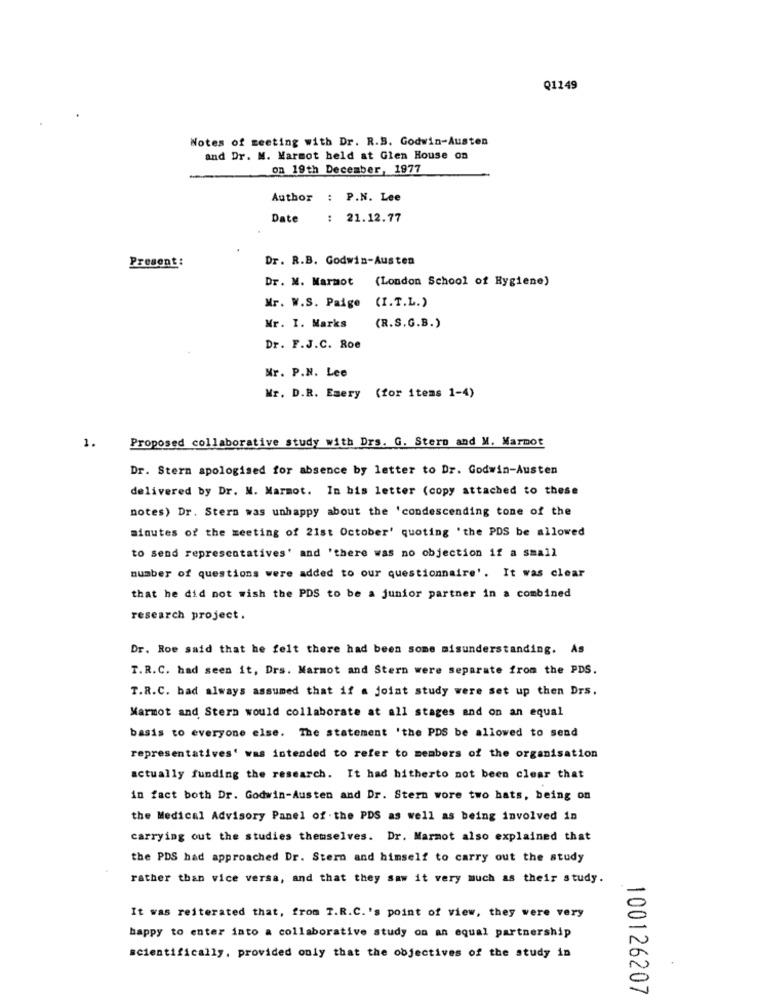
Q1149
Notes of meeting with Dr. R.B. Godwin-Austen
and Dr. M. Marmot held at Glen House on
on 19th December, 1977
Author : P.N. Lee
Date
: 21.12.77
Present:
Dr. R.B. Godwin-Austen
Dr. M. Marmot
(London School of Hygiene)
Mr. W.S. Paige (I.T.L.)
Mr. I. Marks
(R.S.G.B.)
Dr. F.J.C. Roe
Mr. P.N. Lee
Wr. D.R. Emery (for items 1-4)
1.
Proposed collaborative study with Drs. G. Stero and M. Marmot
Dr. Stern apologised for absence by letter to Dr. Godwin-Austen
delivered by Dr. M. Marmot. In bis letter (copy attached to these
notes) Dr. Stern was unhappy about the 'condescending tone of the
minutes of the meeting of 21st October' quoting 'the PDS be allowed
to send representatives' and 'there was no objection if a small
number of questions were added to our questionnaire'. It was clear
that he did not wish the PDS to be a junior partner in a combined
research project .
Dr. Roe said that he felt there had been some misunderstanding. As
T.R.C. had seen it, Drs. Marmot and Stern were separate from the PDS.
T.R.C. had always assumed that if a joint study were set up then Drs.
Marmot and Stern would collaborate at all stages and on an equal
basis to everyone else. The statement 'the PDS be allowed to send
representatives' was intended to refer to members of the organisation
actually funding the research. It had hitherto not been clear that
in fact both Dr. Godwin-Austen and Dr. Stern wore two hats, being on
the Medical Advisory Panel of .the PDS as well as being involved in
carrying out the studies themselves. Dr. Marmot also explained that
the PDS had approached Dr. Stern and himself to carry out the study
rather than vice versa, and that they saw it very much as their study.
It was reiterated that, from T.R.C. 's point of view, they were very
happy to enter into a collaborative study on an equal partnership
scientifically, provided only that the objectives of the study in
100126207